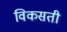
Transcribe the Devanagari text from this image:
विकसती